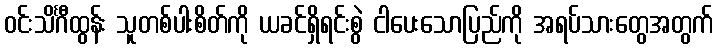
ဝင်းသိင်္ဂီထွန်း သူတစ်ပါးစိတ်ကို ယခင်ရှိရင်းစွဲ ငါပေးသောပြည်ကို အရပ်သားတွေအတွက်